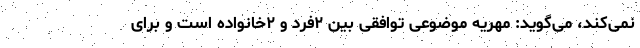
نمی‌کند، می‌گوید: مهریه موضوعی توافقی بین ۲فرد و ۲خانواده است و برای